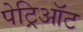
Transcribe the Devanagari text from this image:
पेट्रिऑट